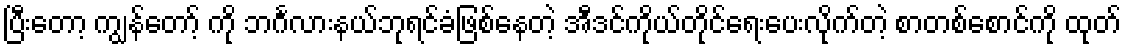
ပြီးတော့ ကျွန်တော့် ကို ဘင်္ဂလားနယ်ဘုရင်ခံဖြစ်နေတဲ့ အီဒင်ကိုယ်တိုင်ရေးပေးလိုက်တဲ့ စာတစ်စောင်ကို ထုတ်